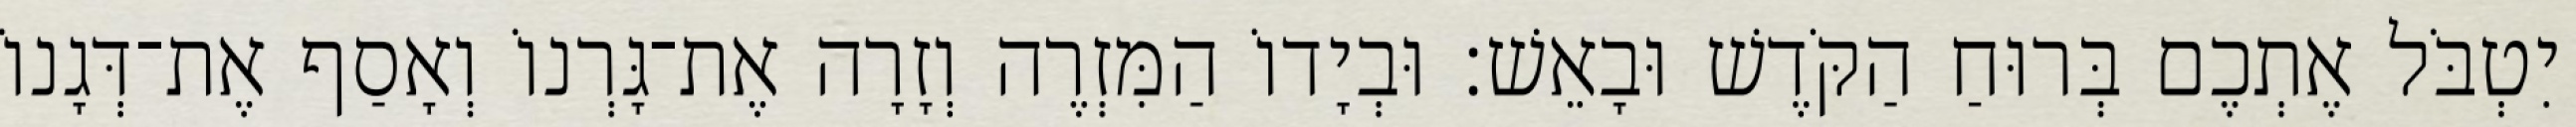
יִטְבֹּל אֶתְכֶם בְּרוּחַ הַקֹּדֶשׁ וּבָאֵשׁ׃ וּבְיָדוֹ הַמִּזְרֶה וְזָרָה אֶת־גָּרְנוֹ וְאָסַף אֶת־דְּגָנוֹ